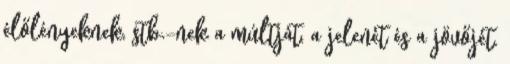
élőlényeknek, stb.-nek a múltját, a jelenét és a jövőjét.